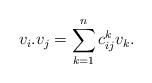
LaTeX: \begin{align*} v_i.v_j = \sum_{k=1}^n c_{ij}^kv_k.\end{align*}